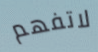
لاتفهم